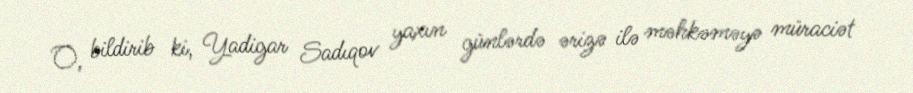
O, bildirib ki, Yadigar Sadıqov yaxın günlərdə ərizə ilə məhkəməyə müraciət